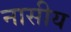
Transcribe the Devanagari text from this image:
नासीय